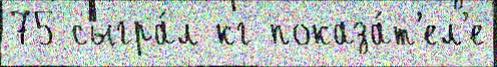
75 сыгра́л кг показа́т'ел'е